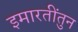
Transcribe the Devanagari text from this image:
इमारतींतुन